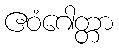
ဧဝံဂေါတ္တာ